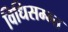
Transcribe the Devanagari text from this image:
विधिसम्म्त